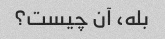
بله، آن چیست؟